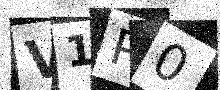
Text: V1P0